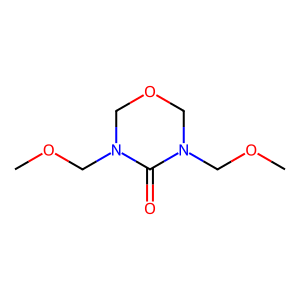
SMILES: COCN1COCN(COC)C1=O
Inhibits HIV replication: No